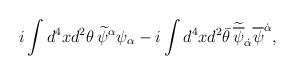
LaTeX: \begin{align*}i\int d^4x d^2\theta\, \widetilde \psi^\alpha \psi_\alpha - i\int d^4x d^2\bar\theta\, \widetilde{\overline\psi}_{\dot\alpha} \overline\psi^{\dot\alpha},\end{align*}